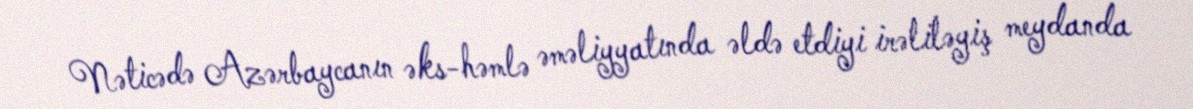
Nəticədə Azərbaycanın əks-həmlə əməliyyatında əldə etdiyi irəliləyiş meydanda